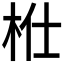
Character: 𣐴